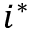
i ^ { * }